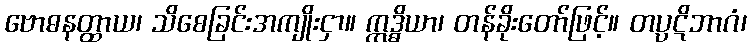
ဗောဓနတ္ထာယ၊ သိစေခြင်းအကျိုးငှာ။ ဣဒ္ဓိယာ၊ တန်ခိုးတော်ဖြင့်။ တပ္ပဋိဘာဂံ၊